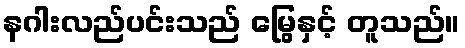
နဂါးလည်ပင်းသည် မြွေနှင့် တူသည်။